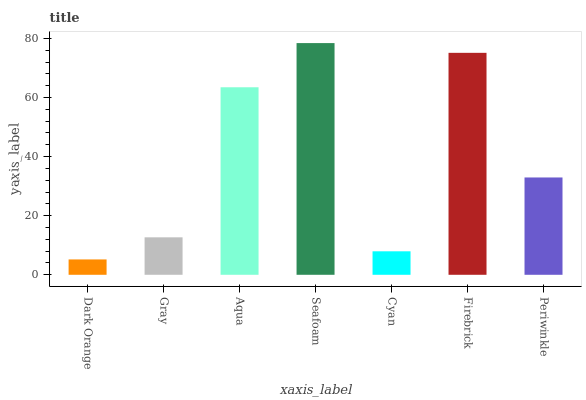
| xaxis_label | bars |
 | --- | --- |
 | Dark Orange | 5.2 |
 | Gray | 12.7 |
 | Aqua | 63.5 |
 | Seafoam | 78.4 |
 | Cyan | 7.95 |
 | Firebrick | 75.1 |
 | Periwinkle | 32.9 |